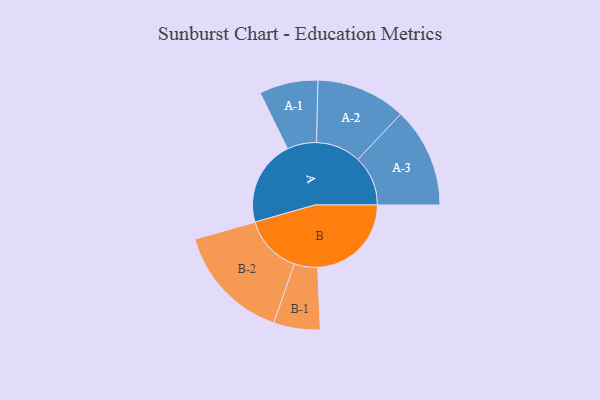
{"axis": {"x": "Segment", "y": "Value"}, "legend": ["", "A", "B"], "data": [{"x": "A", "y": 434, "type": ""}, {"x": "B", "y": 476, "type": ""}, {"x": "A-1", "y": 149, "type": "A"}, {"x": "A-2", "y": 228, "type": "A"}, {"x": "A-3", "y": 254, "type": "A"}, {"x": "B-1", "y": 118, "type": "B"}, {"x": "B-2", "y": 298, "type": "B"}]}